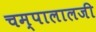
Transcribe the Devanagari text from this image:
चम्पालालजी